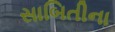
સાબિતીના